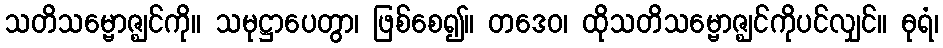
သတိသမ္ဗောဇ္ဈင်ကို။ သမုဋ္ဌာပေတွာ၊ ဖြစ်စေ၍။ တဒေဝ၊ ထိုသတိသမ္ဗောဇ္ဈင်ကိုပင်လျှင်။ ဓုရံ၊